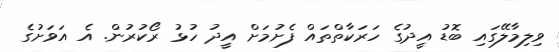
ވިލިމާލޭގައި ބޮޑު އީދުގެ ހަރަކާތްތައް ފެށުމަށް އީދު ހުޅު ރޯކުރުން. އެ އަވަށުގެ